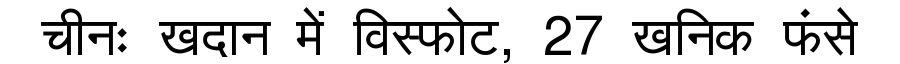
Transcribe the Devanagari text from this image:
चीनः खदान में विस्फोट, 27 खनिक फंसे